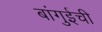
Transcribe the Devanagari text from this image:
बांगुईची